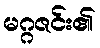
မဂ္ဂဇင်း၏